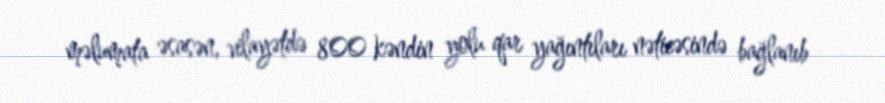
məlumata əsasən, vilayətdə 800 kəndin yolu qar yağıntıları nəticəsində bağlanıb